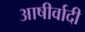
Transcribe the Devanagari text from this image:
आषीर्वादी